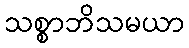
သစ္စာဘိသမယာ